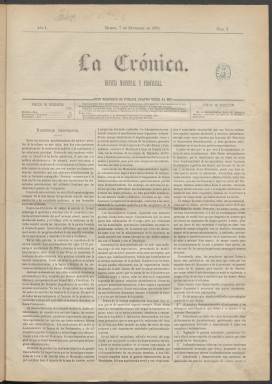
Título: La Crónica (Madrid. 1879)
Colección: Administración local
Ámbito geográfico: Madrid
Lugar de publicación: Madrid
Fechas: 07/09/1879-30/12/1922